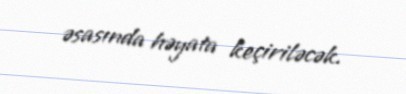
əsasında həyata keçiriləcək.